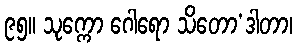
၉၅။ သုက္ကော ဂေါရော သိတော’ဒါတာ၊